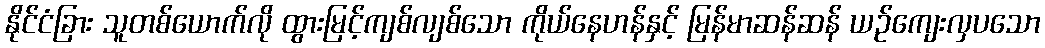
နိုင်ငံခြား သူတစ်ယောက်လို ထွားမြင့်ကျစ်လျစ်သော ကိုယ်နေဟန်နှင့် မြန်မာဆန်ဆန် ယဉ်ကျေးလှပသော